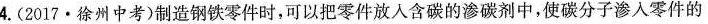
4.(2017·徐州中考)制造钢铁零件时，可以把零件放入含碳的渗碳剂中，使碳分子渗入零件的